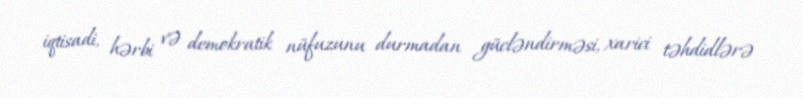
iqtisadi, hərbi və demokratik nüfuzunu durmadan gücləndirməsi, xarici təhdidlərə